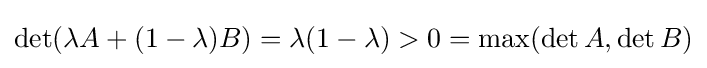
\det(\lambda A+(1-\lambda )B)=\lambda (1-\lambda )>0=\max(\det A,\det B)